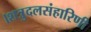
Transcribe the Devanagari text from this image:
।शत्रुदलसंहारिणी